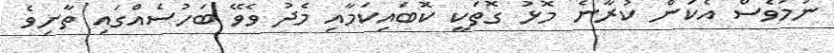
ނަމަވެސް އެކަން ކުރާނެ މޮޅު ގޮތަކީ ކޮބައިކަމާއި މެދު ވެވޭ ބަހުސެއްގައި ތާށިވެ